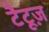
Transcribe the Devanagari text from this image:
टैटूज़